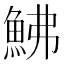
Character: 鮄